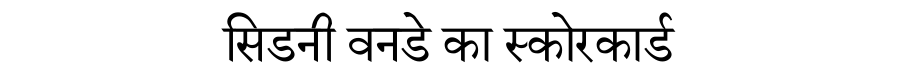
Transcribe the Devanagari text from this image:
सिडनी वनडे का स्कोरकार्ड